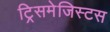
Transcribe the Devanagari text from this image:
ट्रिसमेजिस्टस